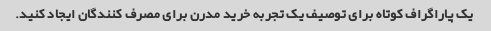
یک پاراگراف کوتاه برای توصیف یک تجربه خرید مدرن برای مصرف کنندگان ایجاد کنید.